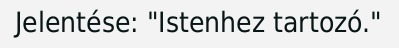
Jelentése: "Istenhez tartozó."